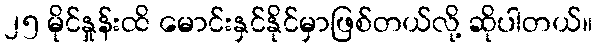
၂၅ မိုင်နှုန်းထိ မောင်းနှင်နိုင်မှာဖြစ်တယ်လို့ ဆိုပါတယ်။